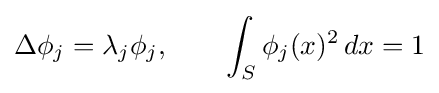
\Delta \phi _{j}=\lambda _{j}\phi _{j},\qquad \int _{S}\phi _{j}(x)^{2}\,dx=1